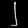
Digit: ၂